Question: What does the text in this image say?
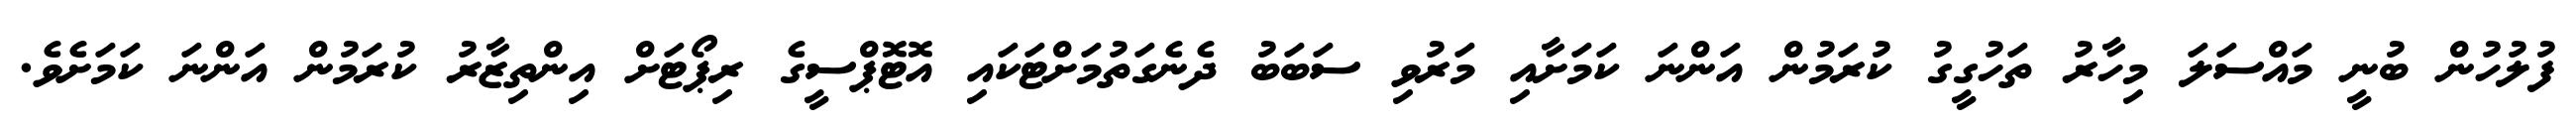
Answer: ފުލުހުން ބުނީ މައްސަލަ މިހާރު ތަހުގީގު ކުރަމުން އަންނަ ކަމަށާއި މަރުވި ސަބަބު ދެނެގަތުމަށްޓަކައި އޮޓޮޕްސީގެ ރިޕޯޓަށް އިންތިޒާރު ކުރަމުން އަންނަ ކަމަށެވެ.